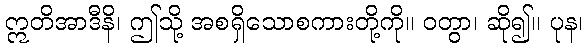
ဣတိအာဒီနိ၊ ဤသို့ အစရှိသောစကားတို့ကို။ ဝတွာ၊ ဆို၍။ ပုန၊